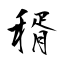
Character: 稰